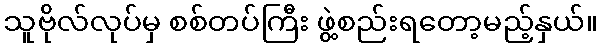
သူဗိုလ်လုပ်မှ စစ်တပ်ကြီး ဖွဲ့စည်းရတော့မည့်နှယ်။